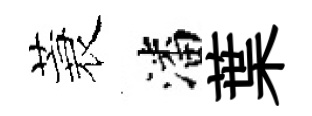
蓑潘葉